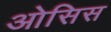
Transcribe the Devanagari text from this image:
ओसिस